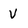
Character: V